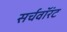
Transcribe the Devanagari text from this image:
सर्चवॉरंट